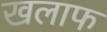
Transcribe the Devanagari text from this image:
खलाफ